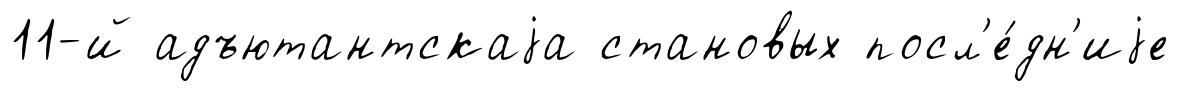
11-й адъютантскаjа становых посл'е́дн'иjе